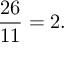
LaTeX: { \frac { 2 6 } { 1 1 } } = 2 .